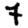
Digit: 7